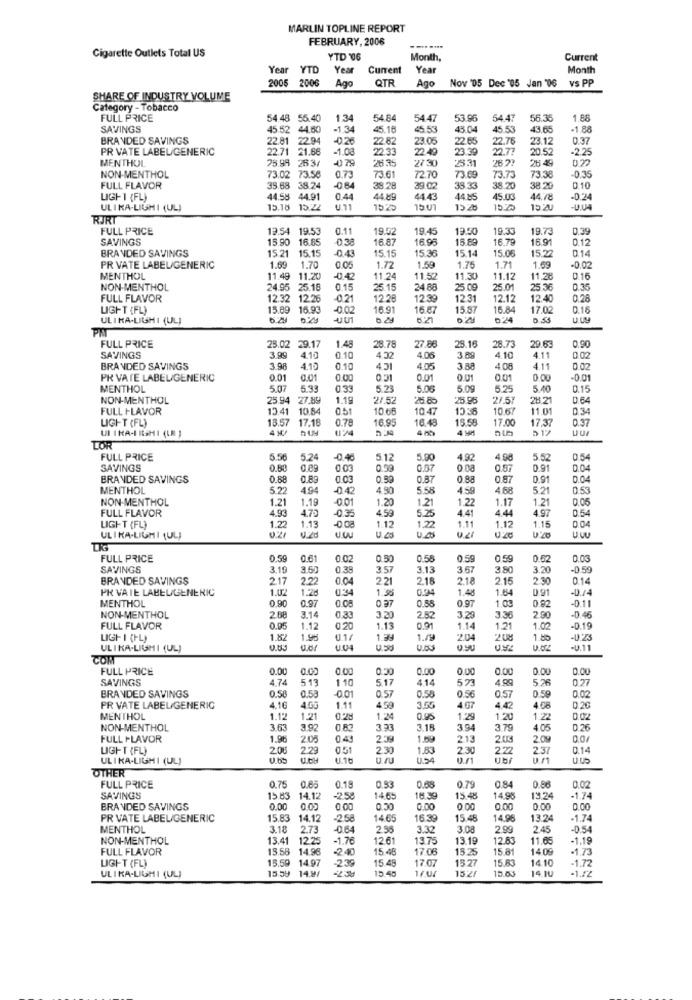
MARLIN TOPLINE REPORT
FEBRUARY, 2006
Cigarette Outlets Total US
YTD 06
Month,
Current
Year YTD
Year
Current
Year
Month
2005 2006
Ago
QTR
Ago
Nov '05 Dec '05 Jan '06
VS PP
SHARE OF INDUSTRY VOLUME
Category - Tobacco
FULL PRICE
54.48 55.40
1.34
54.84
54.47
53.95
54.43
56.35
1.88
SAVINGS
45.52 44.50
-1.34
45.18
45.53
43.04
45.53
43.65
-1.88
BRANDED SAVINGS
22.81 22.94
-0.26
22.82
23.05
22.65
22.76
23.12
0.37
PR VATE LABEL/GENERIC
22.71 21.66
-1.08
22:33
22.49
23.39
22.77
20.5
-2.25
MENTHOL
25.99 2637
200 79
27 30
253
0.22
NON-MENTHOL
73.02 73.56
0.73
7361
72.70
73.69
73.73
73.38
-0.35
FULL FLAVOR
35.68 38.24
0 64
38.28
39.02
38.33
38.20
38.20
0.10
LIGH I (FL)
44.58 44.91
0.44
44.89
44.43
44.85
45.03
44.78
-0.24
ULIKA-LIGHI (UL)
15.18 15,22
U.71
10.25
15 UT
15.20
RJRT
FULL PRICE
19.54 19.53
0.11
19.02
19.4
13.50
19.30
19.73
0.39
SAVINGS
15.90 16.85
16.87
16.95
15.89
16.7º
16.9
012
BRANDED SAVINGS
15.21 15.15
0.43
15.15
15.36
15.14
15.06
15,22
0.14
1.69
PR VATE LABEL/GENERIC
1.70
0.05
1.72
1.59
1.75
1.71
1.69
-0.02
MENTHOL
11.49
11.20
-0 42
11.24
11.50
11.30
11.12
11.28
0.16
NON-MENTHOL
24.95 25.18
0.15
25.15
24 88
5.09
25.01
25.36
0.35
FULL FLAVOR
12.32
12.28
0.21
12.28
12.39
12.31
2.12
12.40
0.28
LIGHT (FL)
15.89 16.93
16.91
16.87
15.87
15.84
17.02
0.18
ULIKA-LIGHI (UL)
-QUI
02
53
FULL PRICE
28.7
28.73
0.90
23.02 29.17
1.48
27.88
25.16
29.63
SAVINGS
3.99
4.10
0.10
4.32
4 06
3 80
4.10
4.11
0.02
BRANDED SAVINGS
3.98
4.10
0.10
4.51
4.05
3.88
4 08
4.11
0.02
PR VATE LABEL/GENERIC
0.01
0.01
0:00
031
0.01
0.01
0.00
MENTHOL
5.07
5.33
033
5.23
5.00
5.09
5.2
5.40
0.15
NON-MENTHOL
25.94 27.89
1.19
2/.5
25.95
275
28.21
0.64
FULL FLAVOR
13.41 10.84
051
106
10 47
13.38
10 67
11.01
034
LIGHT (FL)
13.57
17.18
0.78
16.9
16.48
15.58
17.00
17.37
0.37
124
4 9M
UI I KA-I ISMI (LM )
LOR
FULL PRICE
5.56
5.24
-0.46
5.12
5.90
4.92
4.98
5.52
0.54
SAVINGS
0.60
0.09
0.58
0.07
0.87
0.91
0.04
BRANDED SAVINGS
0.88
0.89
0.03
0.59
0.87
0.88
0.87
0.91
004
MENTHOL
52
494
0.42
4.90
5.58
4.59
468
5.2
0.53
NON-MENTHOL
1.21
1.19
001
1.20
1.21
1.22
1.17
1.21
0.05
FULL FLAVOR
470
459
4.41
4 44
4.97
0.54
4.93
-0.3
5.25
LIGHT (FL)
1.22
1.13
-0 0
1.12
1.22
1.11
1.12
1.15
004
ULIKA.LIGMI (UL)
FULL PRICE
0.59
0.61
0.02
0.50
0.58
0.59
0.59
0.62
0.03
SAVINGS
3.19
3.50
0.38
3.57
3.13
367
3.80
3.20
-0.59
BRANDED SAVINGS
217
2.22
0.04
2.21
2.18
2.18
2.15
2.30
014
PR VAIE LABELGENERIC
1.02
1.28
0:34
1.38
0.94
1.48
1.64
0.91
-0.14
MENTHOL
0.90
0.97
0.08
0.37
0.58
0.97
0 82
-0.11
1.03
NON-MENTHOL
2.08
3.14
0,33
3 .20
2.52
3.29
3.36
2.90
-0 46
FULL FLAVOR
0.05
1.12
0.20
1.13
1
1.14
1.21
1.02
-D.19
LIGH I (FL)
1.82
0.1/
1.39
1.19
2.04
208
1.80
-0.23
ULIKA-LIGMI (UL)
UU4
-U.11
COM
FULL PRICE
0.00
0.00
0.00
0.30
0.00
0.00
0.00
0.00
0.00
SAVINGS
4.74
513
1 10
517
414
523
4.99
0.77
BRANDED SAVINGS
00
0.57
0.58
05
0.02
0.58
0.58
407
0.56
0.57
PR VATE LABELGENERIC
4.16
4.05
1.11
4.59
3.57
4.42
4.08
0,26
MENTHOL
1.122
1.21
1.24
0.95
1.29
1.20
1.22
NON-MENTHOL
3.63
3.92
0.82
3.33
3.18
3.94
3.79
1.05
0.26
FULL FLAVOR
1.96
2.05
04
2.59
1.6
213
2.03
2.09
0.0/
LIGHT (FL)
206
2.29
0.51
2.30
1.83
2.30
2.22
2.37
0.14
ULIKA-LIGHI (UL)
1.16
U.S
OTHER
0.75
FULL PRICE
0.85
0.18
0.53
0.6
0.79
0.8
0.86
0.02
SAVINGS
15.83 14.12
-258
14.6
16.39
15.48
14.9
13.24
-1.74
BRANDED SAVINGS
0.00
0.00
0.00
0.00
0.00
PR VATE LABEL/GENERIC
15.83 14.12
-2.58
1465
16.39
15.48
13.24
1.74
MENTHOL
3.18
2.73
-0.64
2.55
3.32
3.08
2.99
2.45
-0.54
NON-MENTHOL
13.41
12.25
-1.76
12 61
13.75
13.19
12.8
11.65
-1.19
FULL FLAVOR
15.58
14.96
-2.40
15 4
17.06
15.25
15.81
1409
-1.73
LIGHT (FL)
15.59
14.97
239
15.4
17.07
15 27
15.8
14.10
-1.72
15.59
14.9/
15.40
17.01
15.05
14.10
ULIKA-LIGHI (UL)
15:2